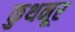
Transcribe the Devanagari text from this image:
कुथनूर